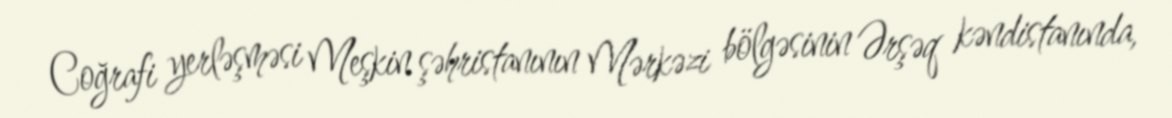
Coğrafi yerləşməsi Meşkin şəhristanının Mərkəzi bölgəsinin Ərşəq kəndistanında,